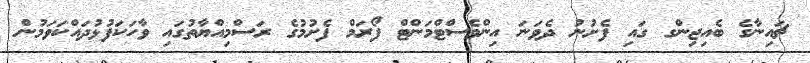
ޗައިނާގެ ބެއިޖިންގ ގައި ފެށުނު ދެވަނަ އިންވެސްޓްމަންޓް ފޯރަމް ފެށުމުގެ ރަސްމިއްޔާތުގައި ވާހަކަފުޅުދައްކަވަމުން